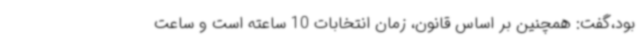
بود،گفت: همچنین بر اساس قانون، ‌زمان انتخابات 10 ساعته است و ساعت